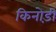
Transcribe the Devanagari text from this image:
किनोड़ी